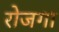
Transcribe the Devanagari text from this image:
रोजगा